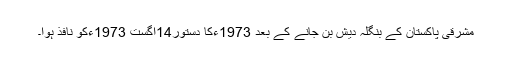
مشرقی پاکستان کے بنگلہ دیش بن جانے کے بعد 1973ءکا دستور14اگست 1973ءکو نافذ ہوا۔